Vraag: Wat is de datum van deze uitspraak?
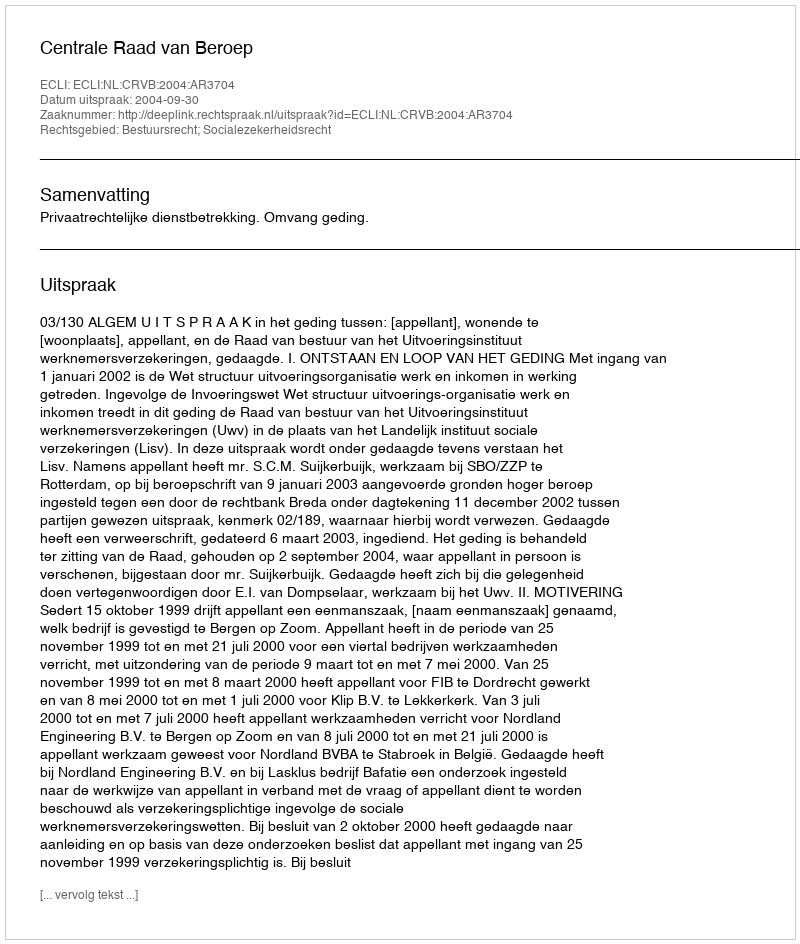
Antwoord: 2004-09-30